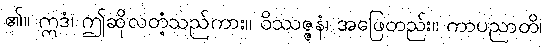
၏။ ဣဒံ၊ ဤဆိုလတံ့သည်ကား။ ဝိဿဇ္ဇနံ၊ အဖြေတည်း။ ကာပညာတိ၊